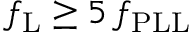
f _ { \mathrm { L } } \geq 5 \, f _ { \mathrm { P L L } }